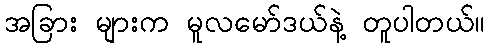
အခြား များက မူလမော်ဒယ်နဲ့ တူပါတယ်။